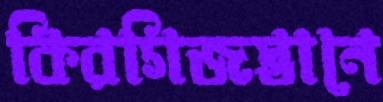
কিরগিজস্তানে